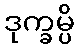
ဒုက္ခမ္ပိ